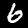
Digit: 6